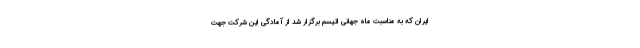
ایران که به مناسبت ماه جهانی اتیسم برگزار شد از آمادگی این شرکت جهت